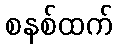
စနစ်ထက်